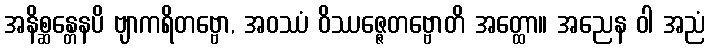
အနိစ္ဆန္တေနပိ ဗျာကရိတဗ္ဗော, အဝဿံ ဝိဿဇ္ဇေတဗ္ဗောတိ အတ္ထော။ အညေန ဝါ အညံ